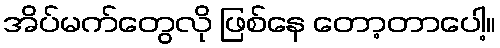
အိပ်မက်တွေလို ဖြစ်နေ တော့တာပေါ့။